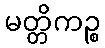
မတ္တိကဉ္စ